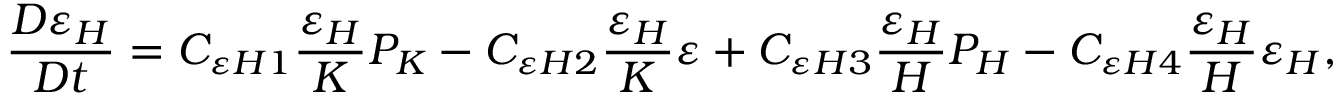
\frac { D \varepsilon _ { H } } { D t } = C _ { \varepsilon H 1 } \frac { \varepsilon _ { H } } { K } P _ { K } - C _ { \varepsilon H 2 } \frac { \varepsilon _ { H } } { K } \varepsilon + C _ { \varepsilon H 3 } \frac { \varepsilon _ { H } } { H } P _ { H } - C _ { \varepsilon H 4 } \frac { \varepsilon _ { H } } { H } \varepsilon _ { H } ,